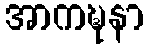
အာကဍ္ဎနာ